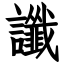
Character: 讖